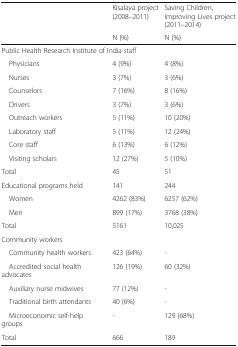
<table><thead><tr><td rowspan="2"></td><td><b>Kisalaya project (2008–2011)</b></td><td><b>Saving Children, Improving Lives project (2011–2014)</b></td></tr><tr><td><b>N (%)</b></td><td><b>N (%)</b></td></tr></thead><tbody><tr><td colspan="3">Public Health Research Institute of India staff</td></tr><tr><td> Physicians</td><td>4 (9%)</td><td>4 (8%)</td></tr><tr><td> Nurses</td><td>3 (7%)</td><td>3 (6%)</td></tr><tr><td> Counselors</td><td>7 (16%)</td><td>8 (16%)</td></tr><tr><td> Drivers</td><td>3 (7%)</td><td>3 (6%)</td></tr><tr><td> Outreach workers</td><td>5 (11%)</td><td>10 (20%)</td></tr><tr><td> Laboratory staff</td><td>5 (11%)</td><td>12 (24%)</td></tr><tr><td> Core staff</td><td>6 (13%)</td><td>6 (12%)</td></tr><tr><td> Visiting scholars</td><td>12 (27%)</td><td>5 (10%)</td></tr><tr><td>Total</td><td>45</td><td>51</td></tr><tr><td>Educational programs held</td><td>141</td><td>244</td></tr><tr><td> Women</td><td>4262 (83%)</td><td>6257 (62%)</td></tr><tr><td> Men</td><td>899 (17%)</td><td>3768 (38%)</td></tr><tr><td>Total</td><td>5161</td><td>10,025</td></tr><tr><td colspan="3">Community workers</td></tr><tr><td> Community health workers</td><td>423 (64%)</td><td>-</td></tr><tr><td> Accredited social health advocates</td><td>126 (19%)</td><td>60 (32%)</td></tr><tr><td> Auxiliary nurse midwives</td><td>77 (12%)</td><td>-</td></tr><tr><td> Traditional birth attendants</td><td>40 (6%)</td><td>-</td></tr><tr><td> Microeconomic self-help groups</td><td>-</td><td>129 (68%)</td></tr><tr><td>Total</td><td>666</td><td>189</td></tr></tbody></table>